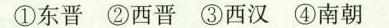
①东晋 ②西晋 ③西汉 ④南朝